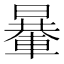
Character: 𨍯